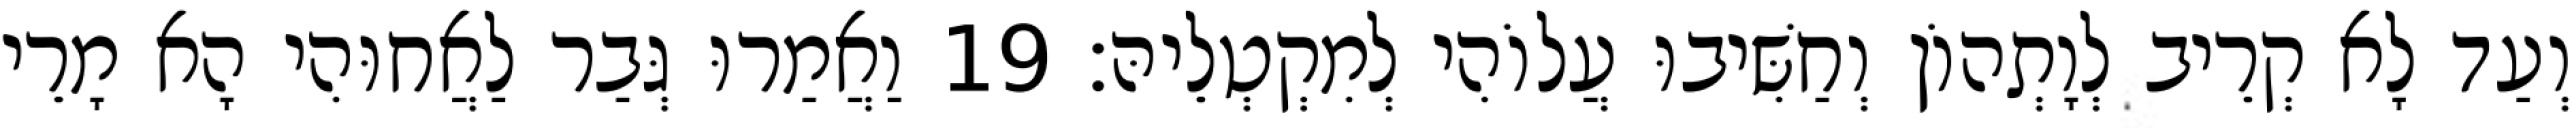
וְעַד לָא קְרֵיב לְוָתְהוֹן וְחַשִּׁיבוּ עֲלוֹהִי לְמִקְטְלֵיהּ׃ 19 וַאֲמַרוּ גְּבַר לַאֲחוּהִי הָא מָרֵי